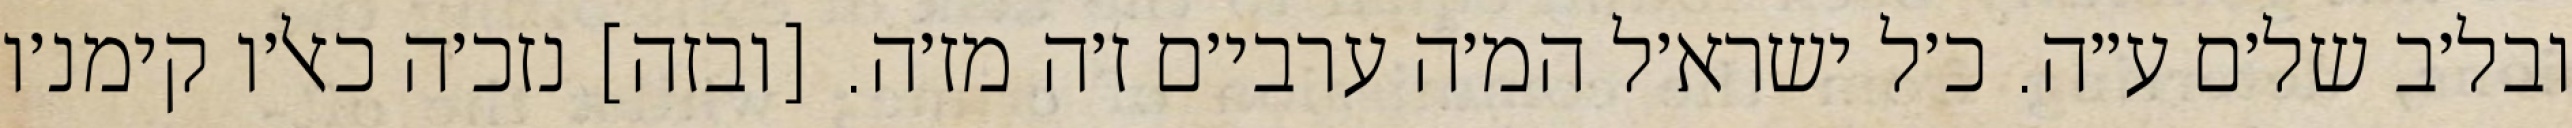
ובל׳ב של׳ם ע״ה. כ׳ל ישרא׳ל המ׳ה ערבי׳ם ז׳ה מז׳ה. [ובזה] נזכ׳ה כאל׳ו קימנ׳ו